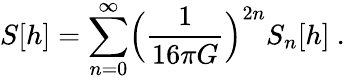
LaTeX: S[h]=\sum_{n=0}^{\infty}\Bigl(\frac{1}{16\pi G}\Bigr)^{2n}S_{n}[h]\ .